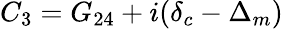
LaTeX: {C_{3}}={G_{24}}+i({\delta_{c}}-{\Delta_{m}})